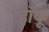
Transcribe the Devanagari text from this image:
हॉकू